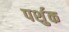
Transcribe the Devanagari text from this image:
पर्शुक